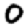
Digit: 0